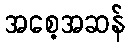
အစေ့အဆန်